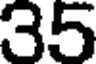
35